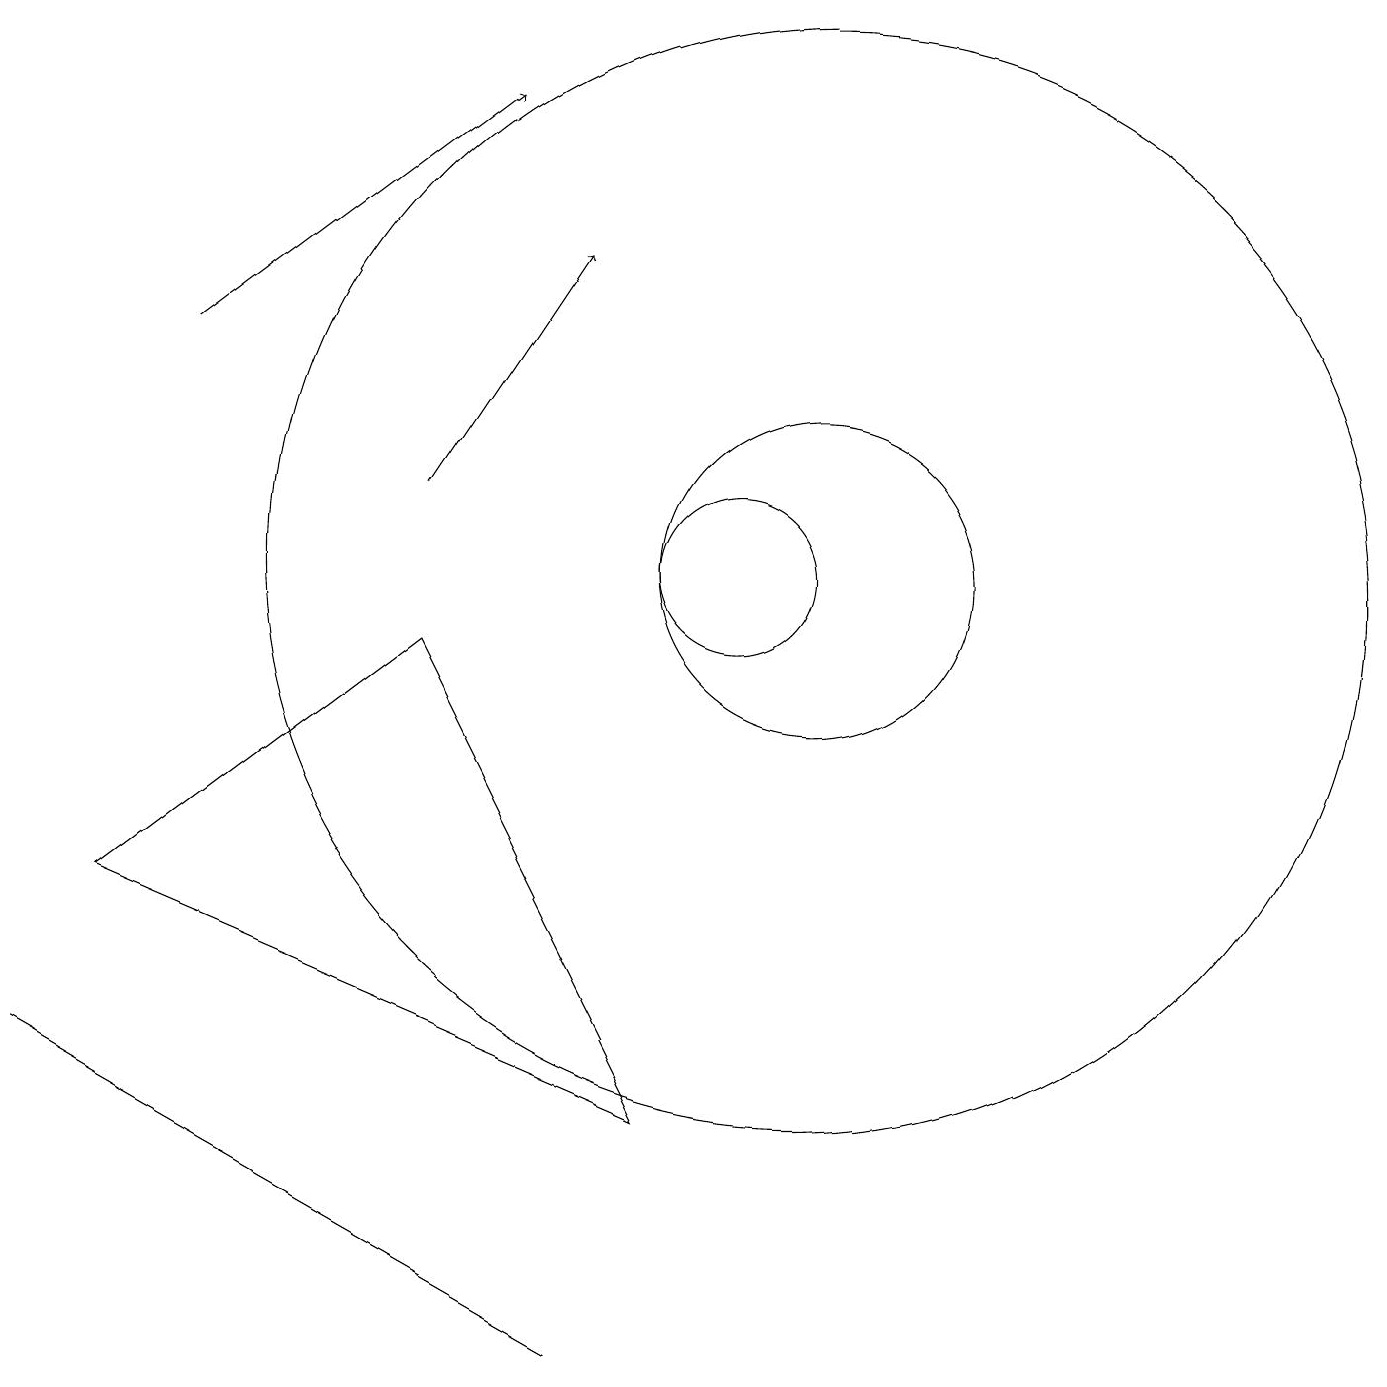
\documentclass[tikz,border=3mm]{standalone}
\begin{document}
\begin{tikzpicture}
\draw[->] (6,11) -- (8,14);
\draw (11,10) circle (7);
\draw (8,0) -- (1,4) -- (1,4) -- cycle;
\draw (2,6) -- (6,9) -- (9,3) -- cycle;
\draw (10,10) circle (1);
\draw (11,10) circle (2);
\draw[->] (3,13) -- (7,16);
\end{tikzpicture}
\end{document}